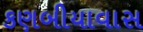
કણબીયાવાસ